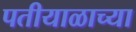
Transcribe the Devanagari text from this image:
पतीयाळाच्या